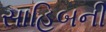
સાહિબની